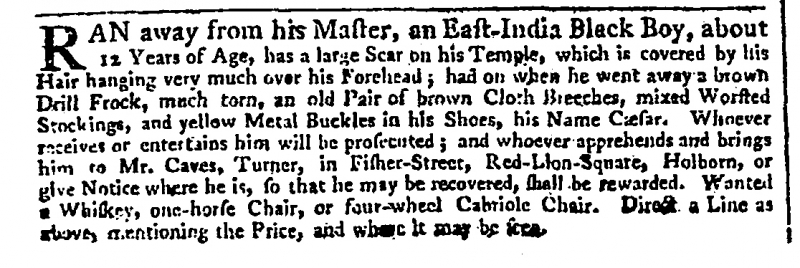
Daily Advertiser, 19 August 1775 (England)
RAN away from his Master, an East-India Black Boy, about 12 Years of Age, has a large Scar on his Temple, which is covered by his Hair hanging very much over his Forehead; had on when he went away a brown Drill Frock, much torn, an old Pair of brown Cloth Breeches, mixed Worsted Stockings, and yellow Metal Buckles in his Shoes, his Name Cæsar. Whoever receives or entertains him will be prosecuted; and whoever apprehends and brings him to Mr. Caves, Turner, in Fisher-Street, Red-Lion-Square, Holborn, or give Notice where he is, so that he may be recovered, shall be rewarded. Wanted a Whiskey, one-horse Chair, or four-wheel Cabriole Chair. Direct a Line as above mentioning the Price, and where it may be seen.